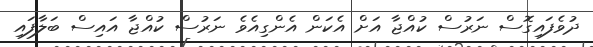
ދުވެފައިގޮސް ނަރުސް ކުއްޖާ އަށް އެކަން އެންގިއެވެ ނަރުސް ކުއްޖާ އައިސް ބަލާފައި